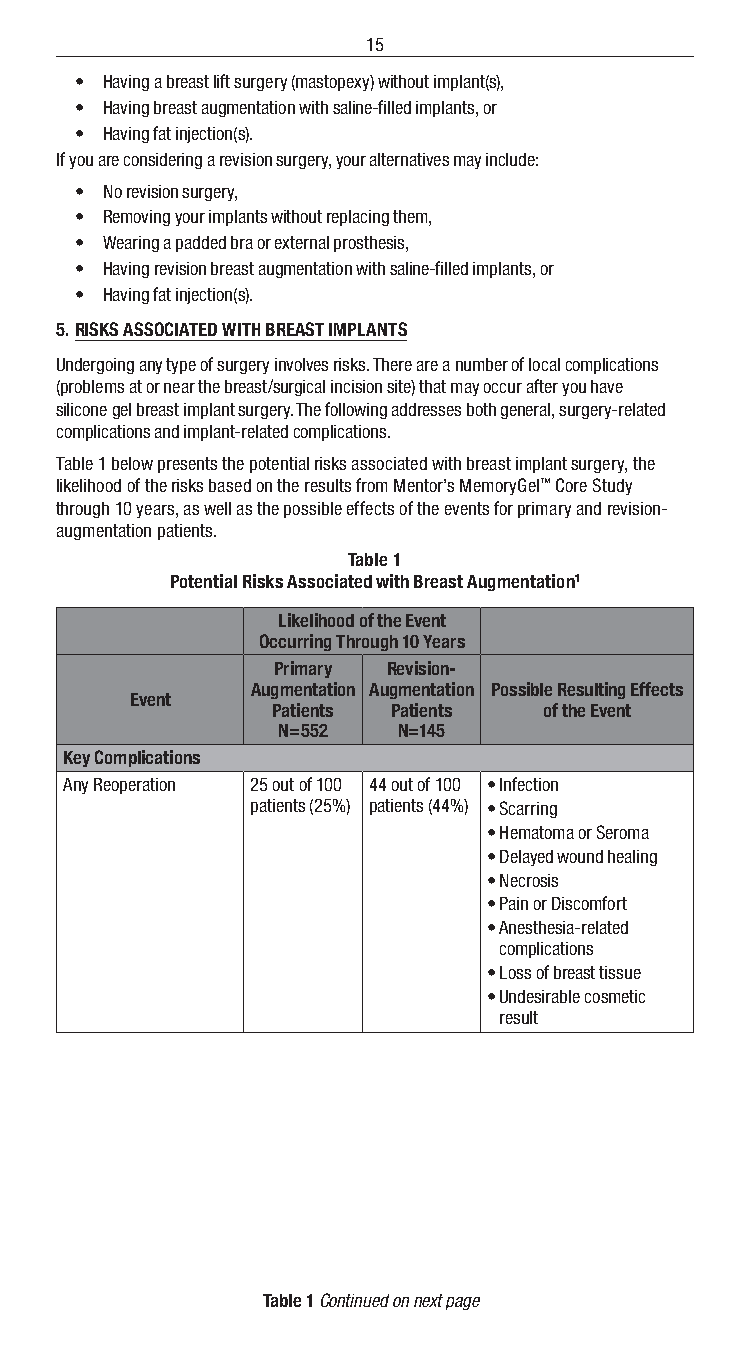
15
 • Having a breast lift surgery (mastopexy) without implant(s),
 • Having breast augmentation with saline-filled implants, or
 • Having fat injection(s).
 If you are considering a revision surgery, your alternatives may include:
 • No revision surgery,
 • Removing your implants without replacing them,
 • Wearing a padded bra or external prosthesis,
 • Having revision breast augmentation with saline-filled implants, or
 • Having fat injection(s).
 5. RISKS ASSOCIATED WITH BREAST IMPLANTS
 Undergoing any type of surgery involves risks. There are a number of local complications
 (problems at or near the breast/surgical incision site) that may occur after you have
 silicone gel breast implant surgery. The following addresses both general, surgery-related
 complications and implant-related complications.
 Table 1 below presents the potential risks associated with breast implant surgery, the
 likelihood of the risks based on the results from Mentor’s MemoryGel™ Core Study
 through 10 years, as well as the possible effects of the events for primary and revision-
 augmentation patients.
 Table 1
 Potential Risks Associated with Breast Augmentation1
 Likelihood of the Event
 Occurring Through 10 Years
 Primary Revision-
 Augmentation Augmentation Possible Resulting Effects
 Event
 Patients Patients of the Event
 N=552   N=145
 Key Complications
 Any Reoperation 25 out of 100 44 out of 100 • Infection
 patients (25%) patients (44%) • Scarring
 • Hematoma or Seroma
 • Delayed wound healing
 • Necrosis
 • Pain or Discomfort
 • Anesthesia-related
 complications
 • Loss of breast tissue
 • Undesirable cosmetic
 result
 Table 1 Continued on next page